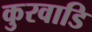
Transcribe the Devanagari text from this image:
कुरवाडि